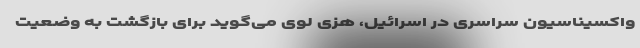
واکسیناسیون سراسری در اسرائیل، هزی لوی می‌گوید برای بازگشت به وضعیت